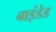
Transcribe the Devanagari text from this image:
बाइंडेड